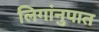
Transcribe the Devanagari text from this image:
लिगांनुपात